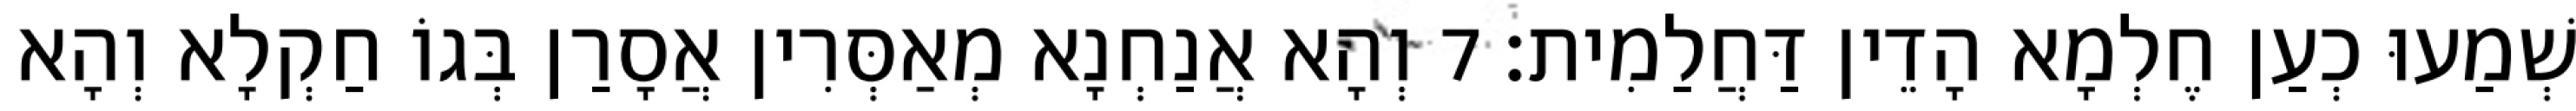
שְׁמַעוּ כְעַן חֶלְמָא הָדֵין דַּחֲלַמִית׃ 7 וְהָא אֲנַחְנָא מְאַסְּרִין אֲסָרַן בְּגוֹ חַקְלָא וְהָא